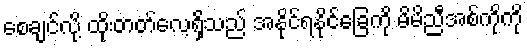
စေချင်လို့ ထိုးတတ်လေ့ရှိသည် အနိုင်ရနိုင်ခြေကို မိမိညီအစ်ကိုကို